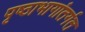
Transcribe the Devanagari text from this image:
पृष्ठाभागांतर्गत